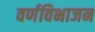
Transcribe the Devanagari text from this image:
वर्णविभाजन